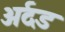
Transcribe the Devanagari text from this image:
अर्दड